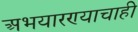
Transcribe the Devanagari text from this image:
अभयारण्याचाही